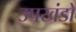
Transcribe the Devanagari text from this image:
उपखंडो